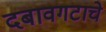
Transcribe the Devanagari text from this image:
दबावगटाचे